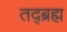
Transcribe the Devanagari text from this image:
तद्ब्रह्म